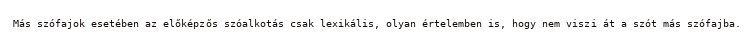
Más szófajok esetében az előképzős szóalkotás csak lexikális, olyan értelemben is, hogy nem viszi át a szót más szófajba.